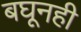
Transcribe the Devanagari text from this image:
बघूनही